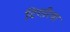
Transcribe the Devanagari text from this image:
टिगरिया